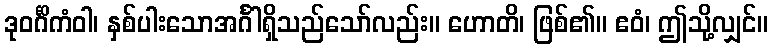
ဒုဝင်္ဂိကံဝါ၊ နှစ်ပါးသောအင်္ဂါရှိသည်သော်လည်း။ ဟောတိ၊ ဖြစ်၏။ ဧဝံ၊ ဤသို့လျှင်။